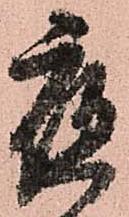
夜